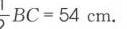
$\frac{1}{2}BC = 54\mathrm{cm}$.